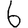
Digit: 6